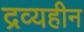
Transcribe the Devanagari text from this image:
द्रव्यहीन